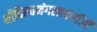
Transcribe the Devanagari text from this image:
श्रीविल्वमंगलाचार्यजी